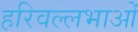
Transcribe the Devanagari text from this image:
हरिवल्लभाओं